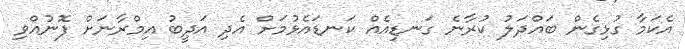
އެކަމާ ގުޅިގެން ބައްދަލު ކުރާނެ ގަނޑިއެއް ކަނޑައެޅުމަށް އެދި އަދީބު އިމްރާނަށް ފޮނުއްވި